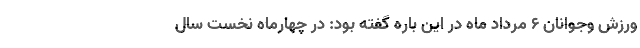
ورزش وجوانان ۶ مرداد ماه در این باره گفته بود: در چهارماه نخست سال